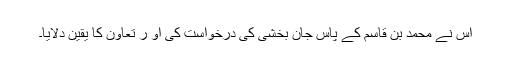
اس نے محمد بن قاسم کے پاس جان بخشی کی درخواست کی او ر تعاون کا یقین دلایا۔